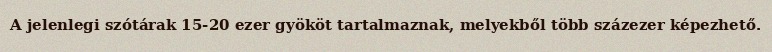
A jelenlegi szótárak 15-20 ezer gyököt tartalmaznak, melyekből több százezer képezhető.